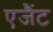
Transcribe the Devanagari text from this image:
एजैंट